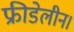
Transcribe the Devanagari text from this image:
फ्रीडेलीन।